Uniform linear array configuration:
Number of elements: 4
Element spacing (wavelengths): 0.75
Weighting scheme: blackman
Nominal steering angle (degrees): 30
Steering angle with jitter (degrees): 28.924
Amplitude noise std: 0.05
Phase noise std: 0.05

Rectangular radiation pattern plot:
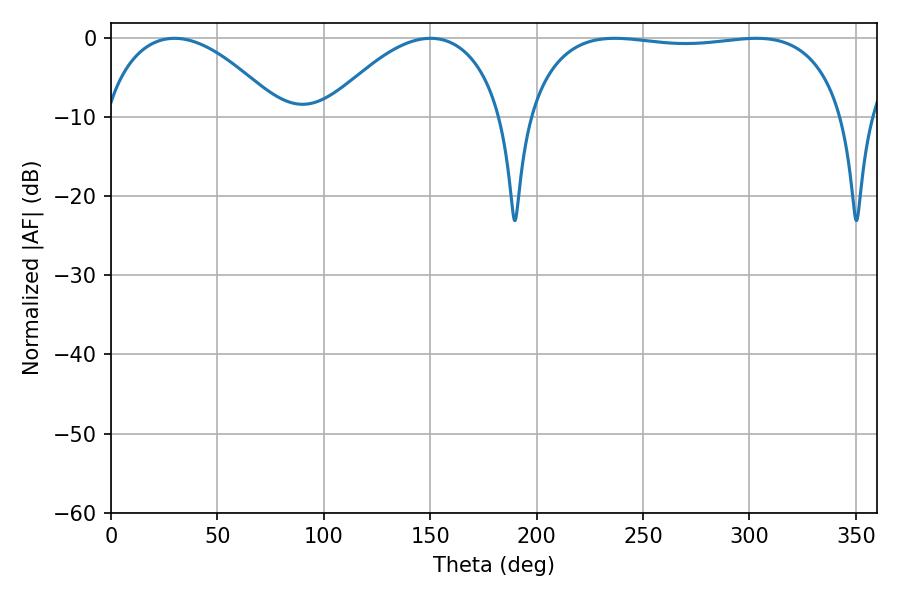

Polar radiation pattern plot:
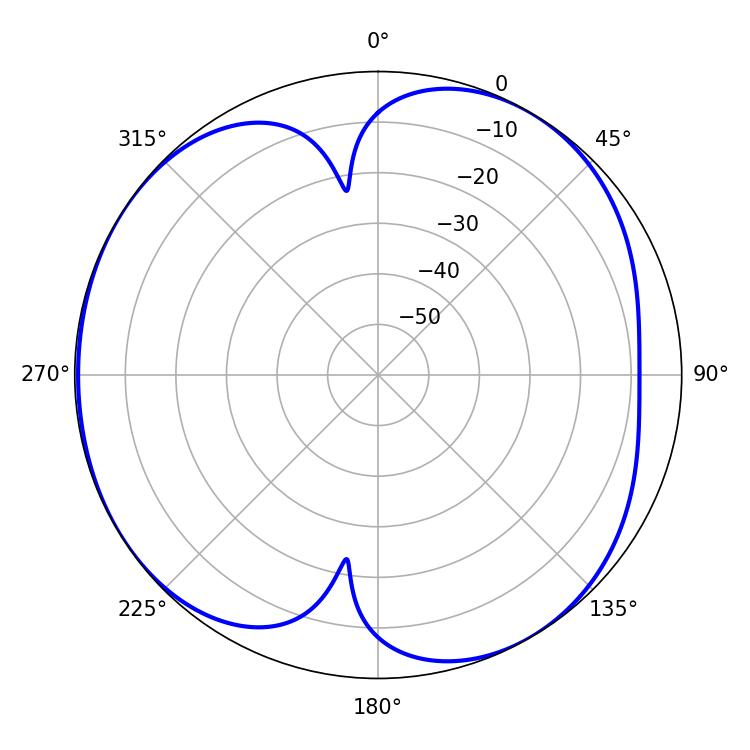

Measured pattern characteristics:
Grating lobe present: TRUE
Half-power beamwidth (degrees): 119.52
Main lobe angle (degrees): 236.7